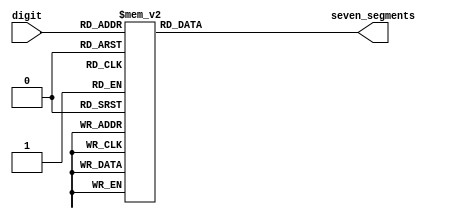

module sm_hex_display
(
    input      [3:0] digit,
    output reg [6:0] seven_segments
);

    always @*
        case (digit)
        'h0: seven_segments = 'b0000001;  // a b c d e f g
        'h1: seven_segments = 'b1001111;
        'h2: seven_segments = 'b0010010;  //   --a--
        'h3: seven_segments = 'b0000110;  //  |     |
        'h4: seven_segments = 'b1001100;  //  f     b
        'h5: seven_segments = 'b0100100;  //  |     |
        'h6: seven_segments = 'b0100000;  //   --g--
        'h7: seven_segments = 'b0001111;  //  |     |
        'h8: seven_segments = 'b0000000;  //  e     c
        'h9: seven_segments = 'b0000100;  //  |     |
        'ha: seven_segments = 'b0001000;  //   --d-- 
        'hb: seven_segments = 'b1100000;
        'hc: seven_segments = 'b0110001;
        'hd: seven_segments = 'b1000010;
        'he: seven_segments = 'b0110000;
        'hf: seven_segments = 'b0111000;
        endcase

endmodule

//--------------------------------------------------------------------

module sm_hex_display_8
(
    input             clock,
    input             resetn,
    input      [31:0] number,

    output reg [ 6:0] seven_segments,
    output reg        dot,
    output reg [ 7:0] anodes
);

    function [6:0] bcd_to_seg (input [3:0] bcd);

        case (bcd)
        'h0: bcd_to_seg = 'b1000000;  // a b c d e f g
        'h1: bcd_to_seg = 'b1111001;
        'h2: bcd_to_seg = 'b0100100;  //   --a--
        'h3: bcd_to_seg = 'b0110000;  //  |     |
        'h4: bcd_to_seg = 'b0011001;  //  f     b
        'h5: bcd_to_seg = 'b0010010;  //  |     |
        'h6: bcd_to_seg = 'b0000010;  //   --g--
        'h7: bcd_to_seg = 'b1111000;  //  |     |
        'h8: bcd_to_seg = 'b0000000;  //  e     c
        'h9: bcd_to_seg = 'b0011000;  //  |     |
        'ha: bcd_to_seg = 'b0001000;  //   --d-- 
        'hb: bcd_to_seg = 'b0000011;
        'hc: bcd_to_seg = 'b1000110;
        'hd: bcd_to_seg = 'b0100001;
        'he: bcd_to_seg = 'b0000110;
        'hf: bcd_to_seg = 'b0001110;
        endcase

    endfunction

    reg [2:0] i;

    always @ (posedge clock or negedge resetn)
    begin
        if (! resetn)
        begin
            seven_segments <=   bcd_to_seg (0);
            dot            <= ~ 0;
            anodes         <= ~ 8'b00000001;

            i <= 0;
        end
        else
        begin
            seven_segments <=   bcd_to_seg (number [i * 4 +: 4]);
            dot            <= ~ 0;
            anodes         <= ~ (1 << i);

            i <= i + 1;
        end
    end

endmodule